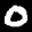
Label: 0